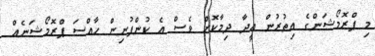
މި ޕްރޮމޯޝަންގެ އިތުރުން އީދާ ދިމާކޮށް ވެސް އެ ކުންފުނިން ހާއްސަ ޕްރޮމޯޝަނެއް